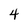
Character: 4